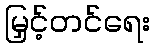
မြှင့်တင်ရေး